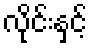
လိုင်းနှင့်